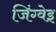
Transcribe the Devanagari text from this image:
जिंग्वेइ